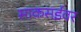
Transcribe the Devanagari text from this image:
साकसईवर